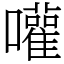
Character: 嚾